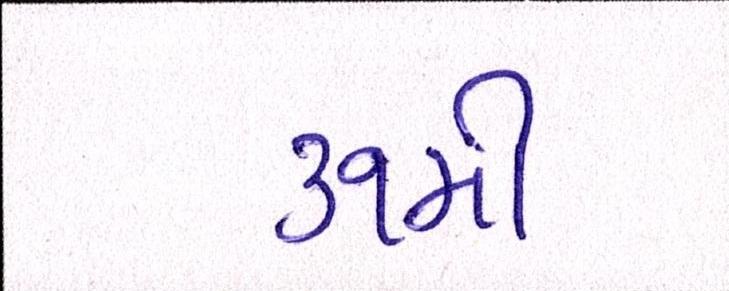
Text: ૩૧મી